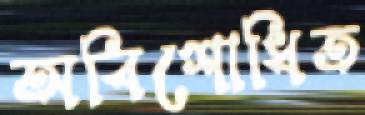
অবিশোধিত